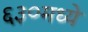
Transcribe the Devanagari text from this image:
६३०मध्ये